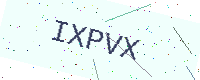
Text: IXPVX